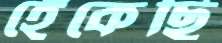
হেঁকেছি